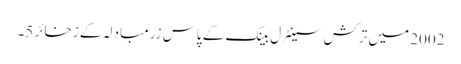
2002 میں ترکش سینٹرل بینک کے پاس زرمبادلہ کے زخائر 5۔